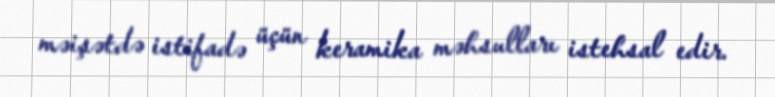
məişətdə istifadə üçün keramika məhsulları istehsal edir.